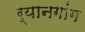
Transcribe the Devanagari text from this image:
र्यानगांग